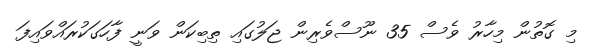
މި ގޮތުން މިހާރު ވެސް 35 ނޫސްވެރިން ޖަލުގައި ތިބިކަން ވަނީ ފާހަގަކުރައްވައިފަ